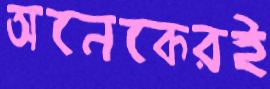
অনেকেরই